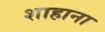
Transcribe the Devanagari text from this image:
शाहाना